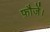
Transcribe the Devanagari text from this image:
फ़ौजें।